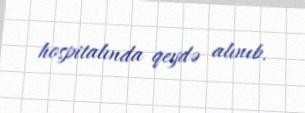
hospitalında qeydə alınıb.